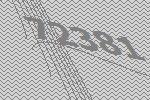
72381